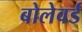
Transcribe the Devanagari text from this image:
बोलेवर्ड